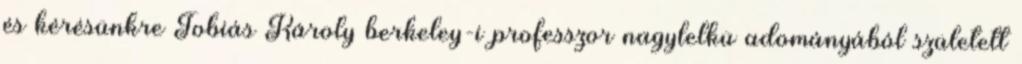
és kérésünkre Tobiás Károly berkeley-i professzor nagylelkü adományából született